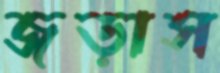
জড়াস